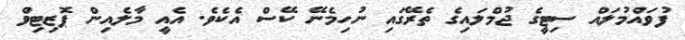
ފުވައްމުލައް ސިޓީގެ ޖުމްލައިގެ ތެރޭގައި ނުހިމެނޭ ކޭސް އެކެވެ. އެއީ މާލެއިން ޕޮޒިޓިވް